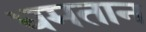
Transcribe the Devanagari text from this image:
धमतान